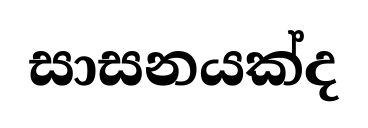
සාසනයක්ද